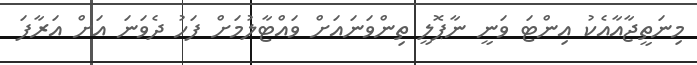
މިނަތީޖާއާއެކު އިންޓަ ވަނީ ނާޕޮލީ ތިންވަނައަށް ވައްޓާލުމަށް ފަހު ދެވަނަ އަށް އަރާފަ